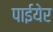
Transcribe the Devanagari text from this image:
पाईयेर